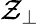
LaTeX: \mathcal{Z}_{\perp}